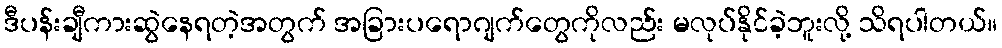
ဒီပန်းချီကားဆွဲနေရတဲ့အတွက် အခြားပရောဂျက်တွေကိုလည်း မလုပ်နိုင်ခဲ့ဘူးလို့ သိရပါတယ်။